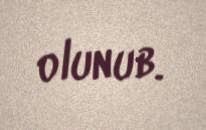
olunub.